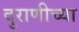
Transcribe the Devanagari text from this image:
दुराणीच्या